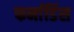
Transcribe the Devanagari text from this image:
फर्नाडिंस